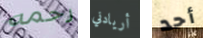
رحمه أريادني أحد